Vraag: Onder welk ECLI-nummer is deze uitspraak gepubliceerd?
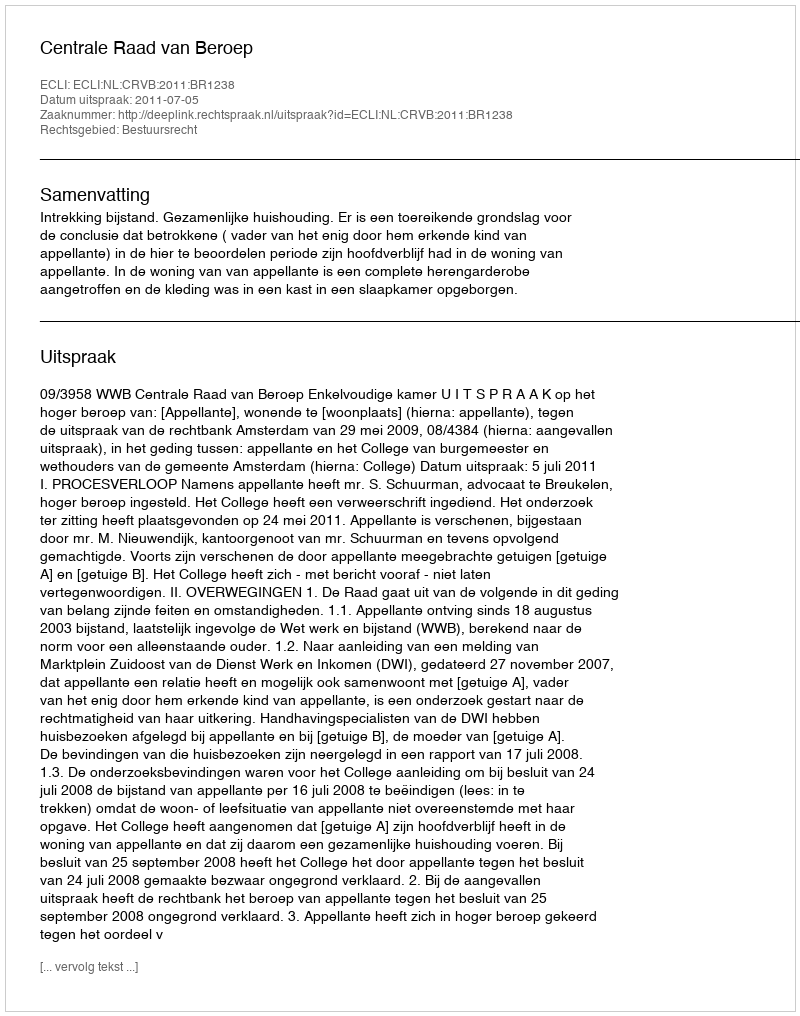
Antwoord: ECLI:NL:CRVB:2011:BR1238